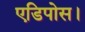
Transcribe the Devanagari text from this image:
एडिपोस।